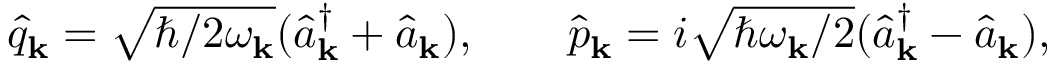
\begin{array} { r } { \hat { q } _ { \bf k } = \sqrt { \hbar / 2 \omega _ { \bf k } } ( \hat { a } _ { \bf k } ^ { \dagger } + \hat { a } _ { \bf k } ) , ~ ~ ~ ~ ~ ~ \hat { p } _ { \bf k } = i \sqrt { \hbar \omega _ { \bf k } / 2 } ( \hat { a } _ { \bf k } ^ { \dagger } - \hat { a } _ { \bf k } ) , } \end{array}